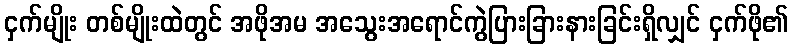
ငှက်မျိုး တစ်မျိုးထဲတွင် အဖိုအမ အသွေးအရောင်ကွဲပြားခြားနားခြင်းရှိလျှင် ငှက်ဖို၏